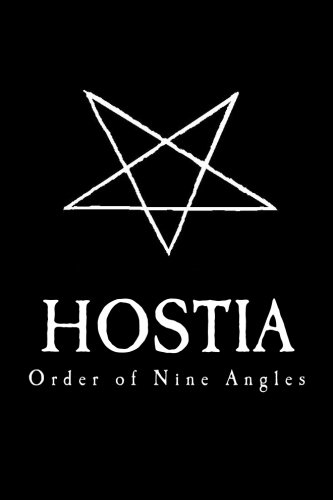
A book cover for Hostia: Secret Teachings of the ONA; Anton Long; Religion & Spirituality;